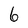
Character: 6